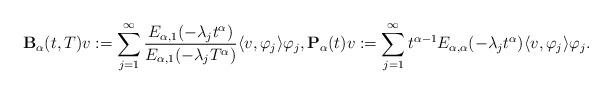
LaTeX: \begin{align*}\begin{aligned}{\bf B}_\alpha(t, T) v := \sum_{j=1}^\infty \frac{E_{\alpha ,1}(-\lambda_j t^\alpha )}{E_{\alpha ,1}(-\lambda_j T^\alpha )} \langle v,\varphi_j\rangle\varphi_j , {\bf P}_\alpha(t) v:= \sum_{j=1}^\infty t^{\alpha -1} E_{\alpha ,\alpha }(-\lambda_j t^\alpha ) \langle v,\varphi_j \rangle\varphi_j. \end{aligned} \end{align*}